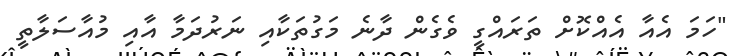
"ހަމަ އެއާ އެއްކޮށް ތަރައްގީ ވެގެން ދާނެ މަގުތަކާއި ނަރުދަމާ އާއި މުއާސަލާތީ